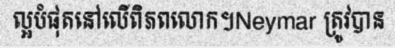
ល្អបំផុតនៅលើពិភពលោក។Neymar ត្រូវបាន